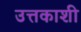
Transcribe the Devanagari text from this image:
उत्तकाशी